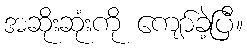
အဆိုးဆုံးကို ကျော်ခဲ့ပြီ။